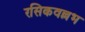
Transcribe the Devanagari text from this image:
रसिकवल्लभ